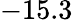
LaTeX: -15.3